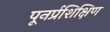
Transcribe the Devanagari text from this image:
पूनर्प्रशिक्षिण